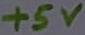
Text: +5V